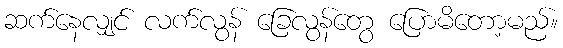
ဆက်နေလျှင် လက်လွန် ခြေလွန်တွေ ပြောမိတော့မည်။